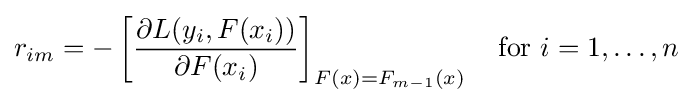
r_{im}=-\left[{\frac {\partial L(y_{i},F(x_{i}))}{\partial F(x_{i})}}\right]_{F(x)=F_{m-1}(x)}\quad {\mbox{for }}i=1,\ldots ,n